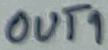
Text: OUT1